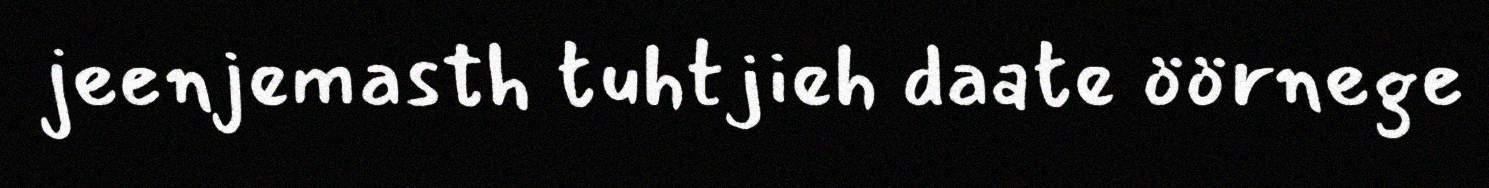
jeenjemasth tuhtjieh daate öörnege